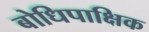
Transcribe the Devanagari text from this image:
बोधिपाक्षिक